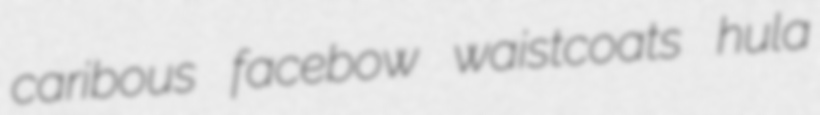
caribous facebow waistcoats hula